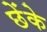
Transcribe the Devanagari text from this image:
छेंके